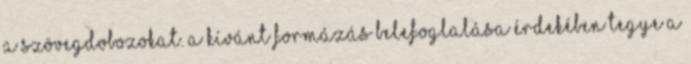
a szövegdobozokat. A kívánt formázás belefoglalása érdekében tegye a